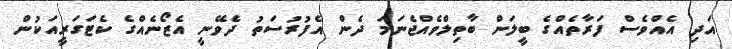
އަދި އެއްވެސް ފަރާތެއްގެ ބީލަން ބާތިލްވެއްޖެނަމަ ދެން އެފުރުސަތު ދެވޭނީ އެޒޯނެއްގެ ކެޓަގަރީއަކުން